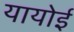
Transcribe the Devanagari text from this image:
यायोई